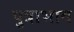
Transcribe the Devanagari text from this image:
पुत्राभाव